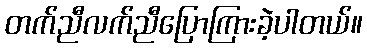
တက်ညီလက်ညီပြောကြားခဲ့ပါတယ်။